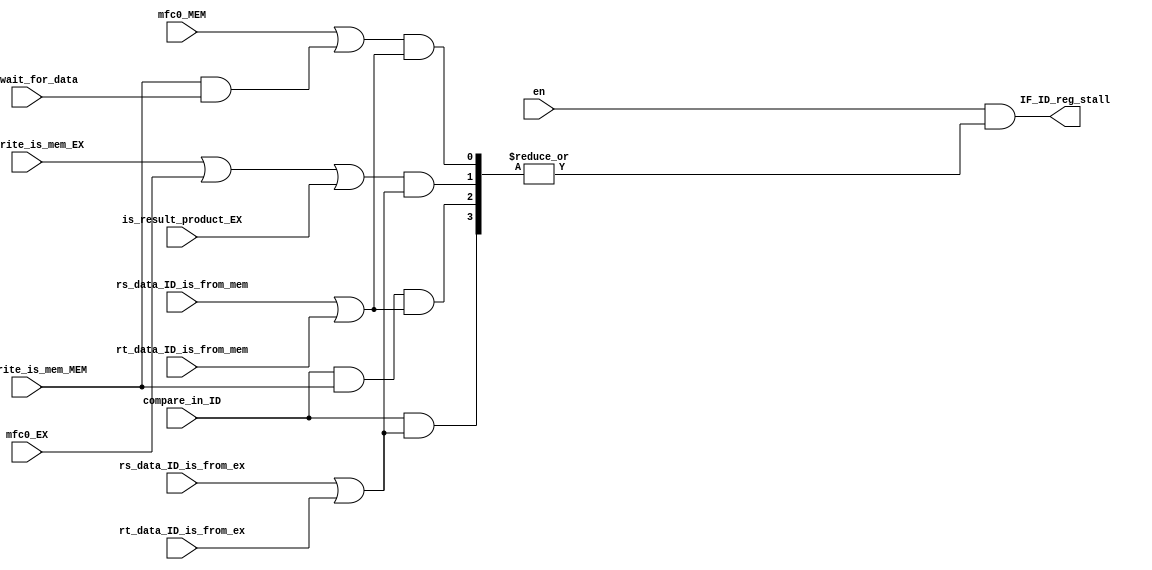
module hazard_detect(
        input en,

        input compare_in_ID,

        input reg_write_is_mem_EX,
        input reg_write_is_mem_MEM,
        input mem_wait_for_data,
        input mfc0_EX,
        input mfc0_MEM,
        input is_result_product_EX,

        input rs_data_ID_is_from_ex,
        input rt_data_ID_is_from_ex,
        input rs_data_ID_is_from_mem,
        input rt_data_ID_is_from_mem,
        output IF_ID_reg_stall
    );
    assign IF_ID_reg_stall = en &
           |{
               compare_in_ID &
               (rs_data_ID_is_from_ex | rt_data_ID_is_from_ex),
               compare_in_ID &
               reg_write_is_mem_MEM &
               (rs_data_ID_is_from_mem | rt_data_ID_is_from_mem),
               (reg_write_is_mem_EX | mfc0_EX | is_result_product_EX)
               & (rs_data_ID_is_from_ex | rt_data_ID_is_from_ex),

               (mfc0_MEM | (reg_write_is_mem_MEM & mem_wait_for_data))
               & (rs_data_ID_is_from_mem | rt_data_ID_is_from_mem)
           };
endmodule